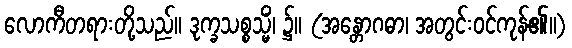
လောကီတရားတို့သည်။ ဒုက္ခသစ္စသ္မိံ၊ ၌။ (အန္တောဂဓာ၊ အတွင်းဝင်ကုန်၏။)